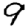
Digit: 9